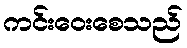
ကင်းဝေးစေသည်